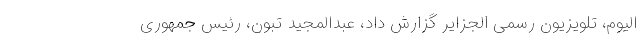
الیوم، تلویزیون رسمی الجزایر گزارش داد، عبدالمجید تبون، رئیس جمهوری